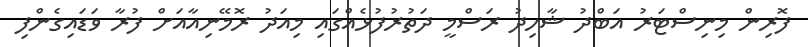
ފޮރިން މިނިސްޓަރު އަބްދު ޝާހިދު ރަަސްމީ ދަތުރުފުޅެއްގައި މިއަދު ރޮމޭނިއާއަށް ފުރާ ވަޑައިގެންފި